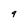
Character: 9